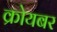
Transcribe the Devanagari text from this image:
क्रोयबर